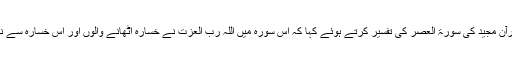
ڈاکٹر حسین محی الدین قادری نے قرآنِ مجید کی سورۃ العصر کی تفسیر کرتے ہوئے کہا کہ اس سورہ میں اللہ رب العزت نے خسارہ اٹھانے والوں اور اس خسارہ سے نجات پانے والوں کا ذکر فرمایا ہے۔